Annual report of the Prince of Wales Medical College, Patna
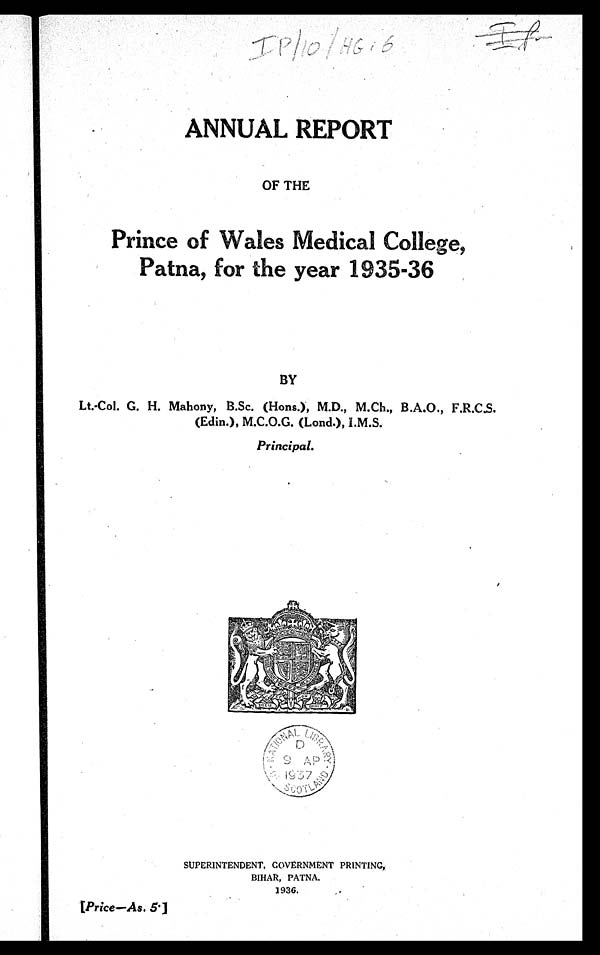
ANNUAL REPORT
OF THE
Prince of Wales Medical College,
Patna, for the year 1935-36
Lt.-Col. G. H. Mahony, B.Sc. (Hons.), M.D., M.Ch., B.A.O., F.R.C.S.
(Edin.), M.C.O.G. (Lond.), I.M.S.
Principal.
SUPERINTENDENT, GOVERNMENT PRINTING,
BIHAR. PATNA.
1936.
[Price—As. 5.]